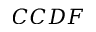
C C D F